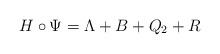
LaTeX: \begin{align*}H\circ\Psi=\Lambda+B+Q_2+R\end{align*}